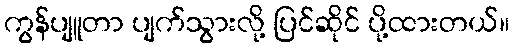
ကွန်ပျူတာ ပျက်သွားလို့ ပြင်ဆိုင် ပို့ထားတယ်။